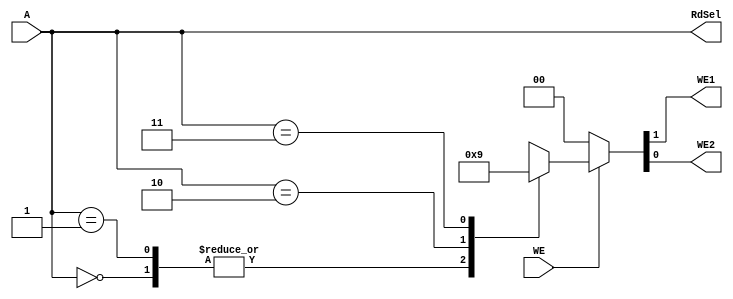
module gpio_addr_dec(
        input wire WE,
        input wire [1:0] A, // Check size
        output wire WE1,
        output wire WE2,
        output wire [1:0] RdSel
    );

    reg [1:0] ctrl;

    assign {WE1, WE2} = ctrl;

    always @ (A, WE) begin
        if(WE) begin
        case (A)
            2'b00: ctrl = 'b0_0;
            2'b01: ctrl = 'b0_0;
            2'b10: ctrl = 'b1_0;
            2'b11: ctrl = 'b0_1;
            default: ctrl = 'bx_x;
        endcase
        end else ctrl = 'b0_0;
    end

    assign RdSel = A;


endmodule